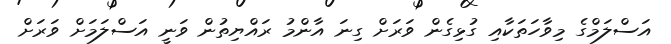
އަސްލަމްގެ މިވާހަތަކާއި ގުޅިގެން ވަރަށް ގިނަ އާންމު ރައްޔިތުން ވަނީ އަސްލަމަށް ވަރަށް